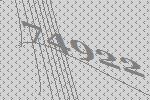
74922